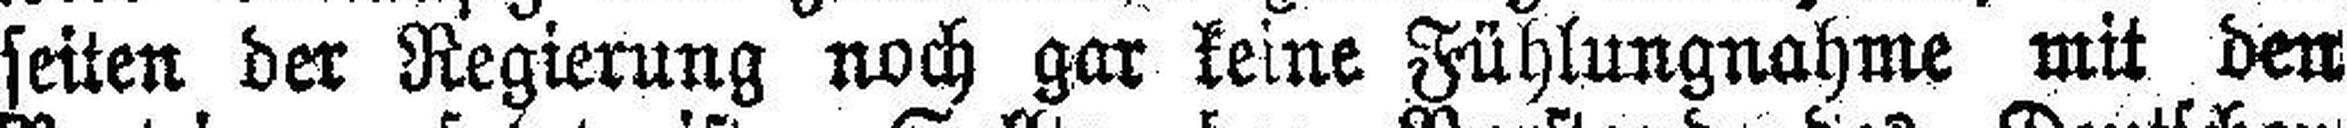
seiten der Regierung noch gar keine Fühlungnahme mit den